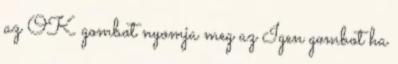
az OK gombot nyomja meg az Igen gombot ha